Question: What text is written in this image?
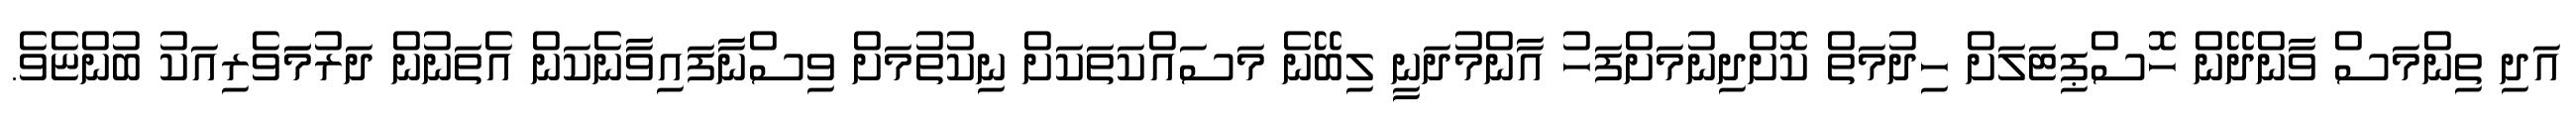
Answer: އަދި ތިންމަސް ވާންދޭން ހޮސްޕިޓަލަށް ހިދުމަތް ކޮށްދިނުމަށްފަހު އާންމުދަނީ ލިބޭނެ މަސައްކަތަކަށް ނިކުތުމަށް ވިސްނާފައިވާނެކަން އެތަނުން ދަރުމަަވެރިއަކު ބުންޏެވެ.